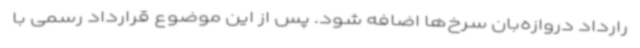
رارداد دروازه‌بان سرخ‌ها اضافه شود. پس از این موضوع قرارداد رسمی با